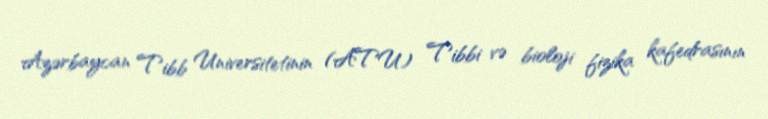
Azərbaycan Tibb Universitetinin (ATU) Tibbi və bioloji fizika kafedrasının